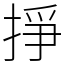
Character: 掙